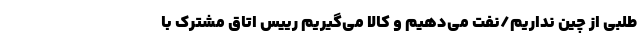
طلبی از چین نداریم/نفت می‌دهیم و کالا می‌گیریم رییس اتاق مشترک با